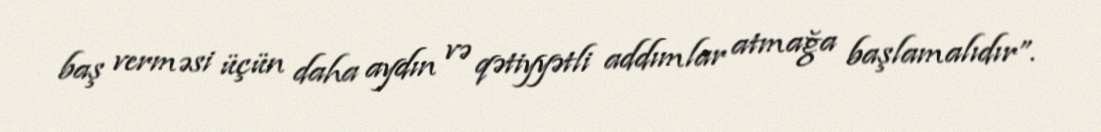
baş verməsi üçün daha aydın və qətiyyətli addımlar atmağa başlamalıdır”.